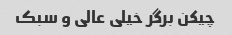
چیکن برگر خیلی عالی و سبک